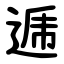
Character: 逓